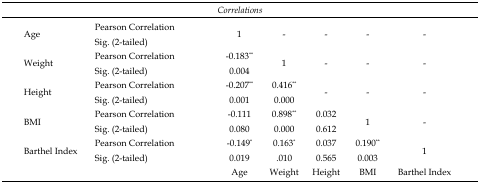
<table><thead><tr><td colspan="7"><b><i>Correlations</i></b></td></tr></thead><tbody><tr><td rowspan="2">Age</td><td>Pearson Correlation</td><td rowspan="2">1</td><td rowspan="2">-</td><td rowspan="2">-</td><td rowspan="2">-</td><td rowspan="2">-</td></tr><tr><td>Sig. (2-tailed)</td></tr><tr><td rowspan="2">Weight</td><td>Pearson Correlation</td><td>-0.183**</td><td rowspan="2">1</td><td rowspan="2">-</td><td rowspan="2">-</td><td rowspan="2">-</td></tr><tr><td>Sig. (2-tailed)</td><td>0.004</td></tr><tr><td rowspan="2">Height</td><td>Pearson Correlation</td><td>-0.207**</td><td>0.416**</td><td rowspan="2">-</td><td rowspan="2">-</td><td rowspan="2">-</td></tr><tr><td>Sig. (2-tailed)</td><td>0.001</td><td>0.000</td></tr><tr><td rowspan="2">BMI</td><td>Pearson Correlation</td><td>-0.111</td><td>0.898**</td><td>0.032</td><td rowspan="2">1</td><td rowspan="2">-</td></tr><tr><td>Sig. (2-tailed)</td><td>0.080</td><td>0.000</td><td>0.612</td></tr><tr><td rowspan="3">Barthel Index</td><td>Pearson Correlation</td><td>-0.149*</td><td>0.163*</td><td>0.037</td><td>0.190**</td><td>1</td></tr><tr><td>Sig. (2-tailed)</td><td>0.019</td><td>.010</td><td>0.565</td><td>0.003</td></tr><tr><td></td><td>Age</td><td>Weight</td><td>Height</td><td>BMI</td><td>Barthel Index</td></tr></tbody></table>